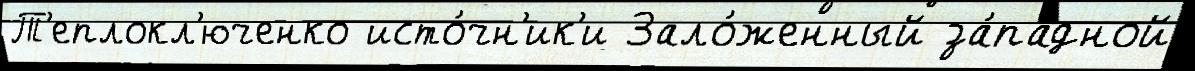
Т'еплокл'юченко исто́чн'ик'и Зало́женный за́падной